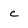
Character: c